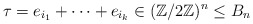
\begin{align*}\tau = e_{i_1} + \dots + e_{i_k} \in (\mathbb Z/ 2 \mathbb Z)^n \leq B_n\end{align*}